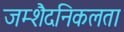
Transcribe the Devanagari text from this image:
जम्‍शैदनिकलता